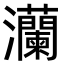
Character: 灡